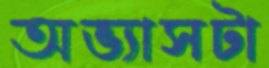
অভ্যাসটা